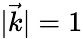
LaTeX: |{\vec{k}}|=1